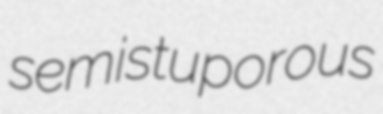
semistuporous